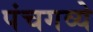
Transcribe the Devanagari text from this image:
पंचगव्ये